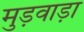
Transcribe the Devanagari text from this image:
मुड़वाड़ा